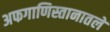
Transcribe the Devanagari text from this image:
अफगाणिस्तानातले